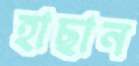
হাছান